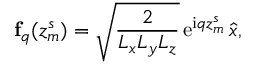
\mathbf { f } _ { q } ( z _ { m } ^ { s } ) = \sqrt { \frac { 2 } { L _ { x } L _ { y } L _ { z } } } \, \mathrm { e } ^ { \mathrm { i } q z _ { m } ^ { s } } \, { \hat { x } } ,